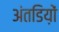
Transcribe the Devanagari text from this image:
अंतडिय़ों